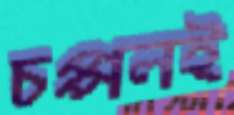
চপ্পলই